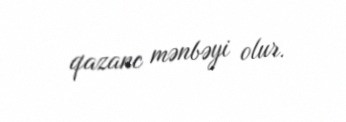
qazanc mənbəyi olur.